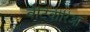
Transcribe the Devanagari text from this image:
वेटिवीरिआ